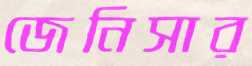
জেনিসার